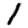
Digit: 1